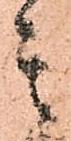
其